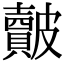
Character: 皾